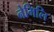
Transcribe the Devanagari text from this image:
नेमिलि